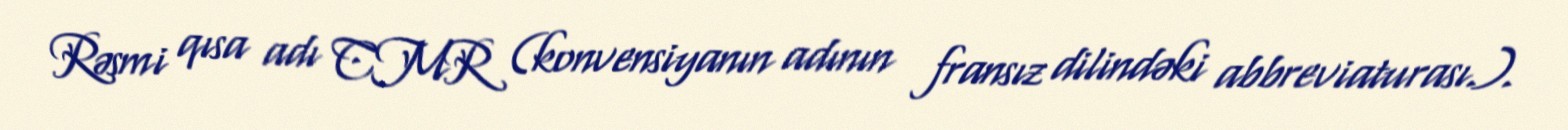
Rəsmi qısa adı CMR (konvensiyanın adının fransız dilindəki abbreviaturası.).